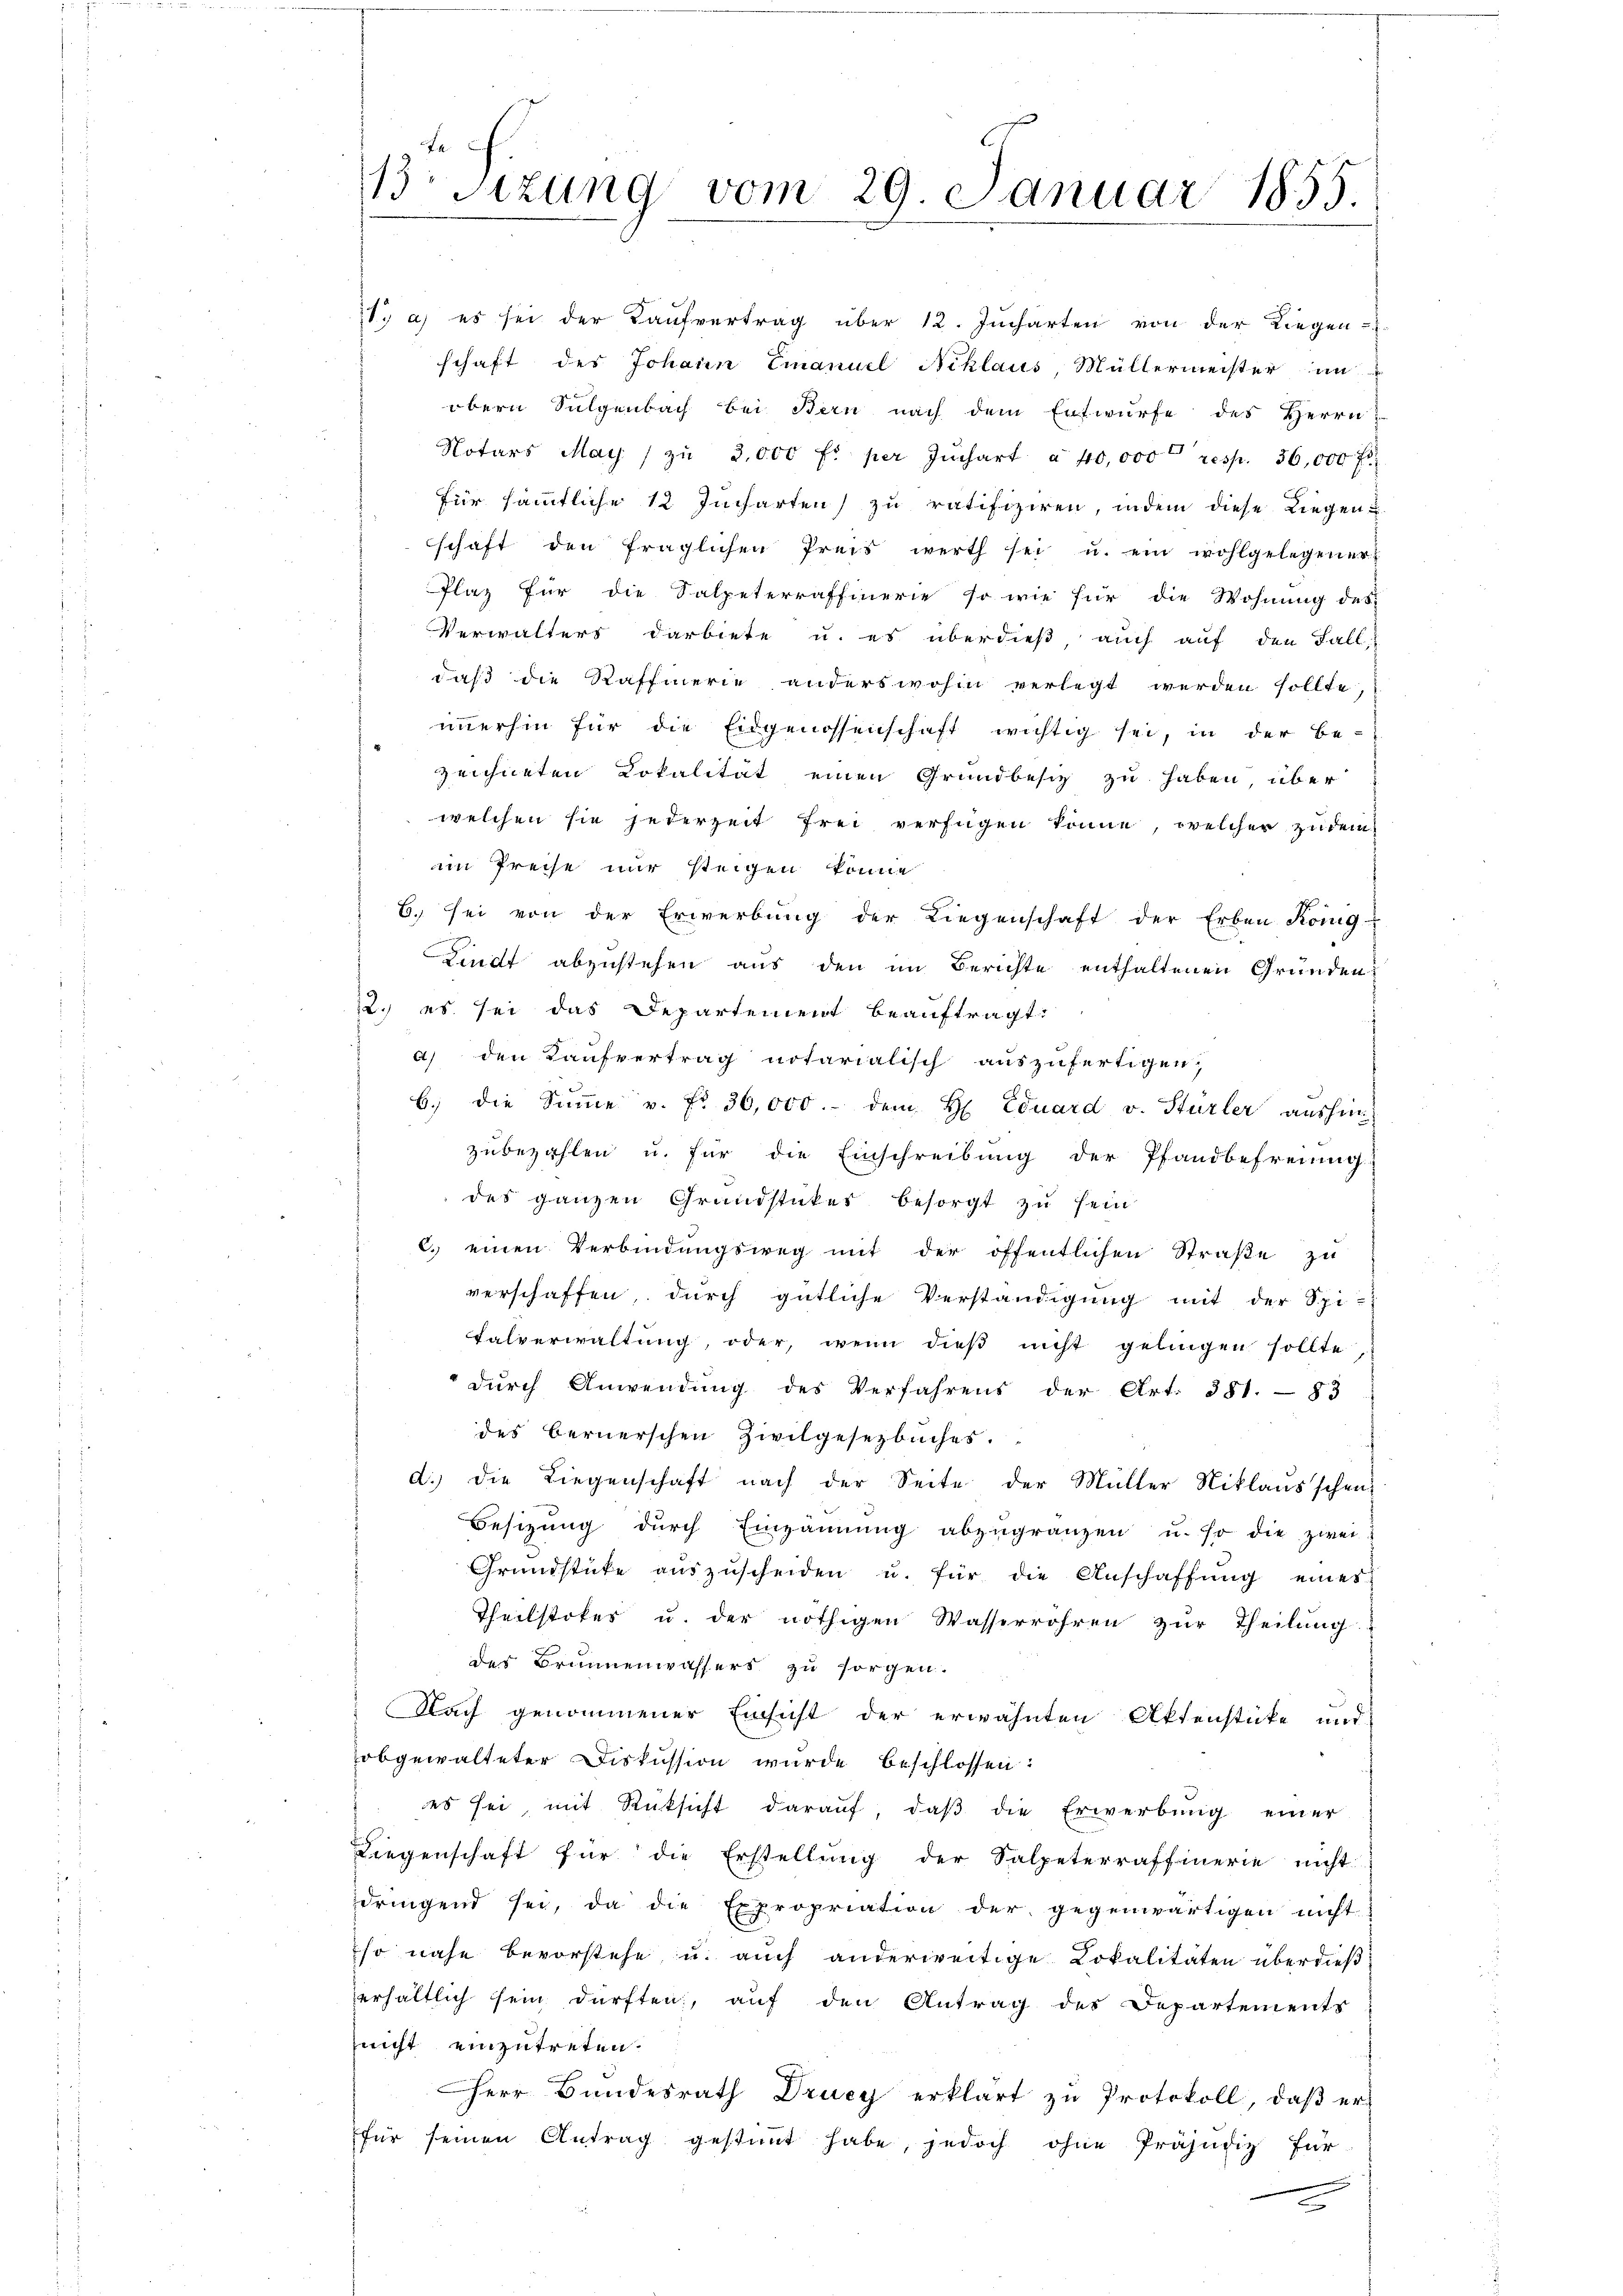
sizung vom 29. Januar 1855

: a) es sei der Kaufvertrag über 12. Jucharten von der Liegen-
schaft des Johann Emanuel Niklaus, Müllermeister in
obern Sulgenbach bei Bern nach dem Entwurfe des Herrn
Notars May) zŭ 3,000 fl per Juchart à 40,000 resp. 36,000 f
für sämmtliche 12 Jucharten) zu ratifiziren, indem diese Liegen u.
schaft den fraglichen Preis werth sei u. ein wohlgelegener
Plaz für die Salpeterraffinerie so wie für die Wohnung des
Verwalters darbiete u. es überdieß auch auf den Fall,
daß die Kafferie anderswohin verlegt werden sollte
immerhin für die Eidgenossenschaft wichtig sei, in der Be-
zeichneten Lokalität einen Grundbesitz zu haben, über
welchen sie jederzeit frei verfügen könne, welcher zu dem
im Preise nur steigen könne
6. sei von der Erwerbung der Liegenschaft der Erben König-
Lindt abzustehen aus den im Berichte enthaltenen Gründen
12. es sei das Departement beauftragt:
a) den Kaufvertrag notarialisch auszufertigen;
6. die Sŭṁe v. Fr. 36,000.- dem H. Eduard v. Stürler aushinzubezahlen u. für die Einschreibung der Pfandbefreiung
des ganzen Grundstückes besorgt zŭ sein
C. einen Verbindungsweg mit der öffentlichen Straße zu
verschaffen, durch gütliche Verständigung mit der Spi-
Falverwaltung, oder, wenn dieβ nicht gelingen sollte
durch Anwendung des Verfahrens der Art. 381. 83
des bernerschen Zivilgesetzbuches.
d.) die Liegenschaft nach der Seite der Müller Niklaŭsschenz
Besizung dŭrch Eingangŭng abzŭgränzen u. so die zwei
Grŭndstücke aŭszŭscheiden u. für die Anschaffŭng eines
Theilstokes u. der nöthigen Wasserröhren zur Theilung
des Brunnenwassers zu sorgen.
Nach genommener Einsicht der erwähnten Aktenstücke und
obgewalteter Diskussion wurde beschlossen:
es sei mit Rüksicht daraŭf, daβ die Erwerbŭng einer
Liegenschaft für die Erstellung der Salpeterraffinerie nicht
dringend sei, da die Expropriation der gegenwärtigen nicht
so nahe bevorstehe, u. auch anderweitige Lokalitäten überdieß
erhältlich sein dürften, auf den Antrag des Departements
nicht einzutreten.
Herr Bundesrath Drucy erklärt zu Protokoll, daß er
für seinen Antrag gestimmt habe, jedoch ohne Präjudiz für
.